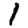
Digit: 1